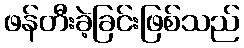
ဖန်တီးခဲ့ခြင်းဖြစ်သည်